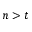
n > t